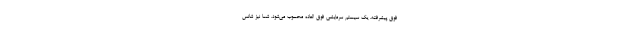
فوق پیشرفته، یک سیستم سرمایشی فوق العاده محسوب می‌شود. شما نیز شانس